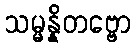
သမ္မန္နိတဗ္ဗော